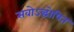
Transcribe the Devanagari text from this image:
सवोऽद्घोषित